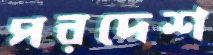
পরদেশ